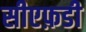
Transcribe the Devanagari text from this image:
सीएफ़डी